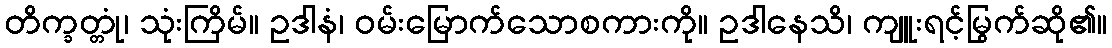
တိက္ခတ္တုံ၊ သုံးကြိမ်။ ဥဒါနံ၊ ဝမ်းမြောက်သောစကားကို။ ဥဒါနေသိ၊ ကျူးရင့်မြွက်ဆို၏။